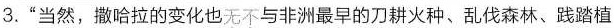
3.”当然，撒哈拉的变化也无不与非洲最早的刀耕火种、乱伐森林、践踏植